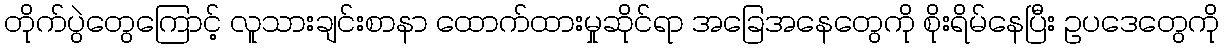
တိုက်ပွဲတွေကြောင့် လူသားချင်းစာနာ ထောက်ထားမှုဆိုင်ရာ အခြေအနေတွေကို စိုးရိမ်နေပြီး ဥပဒေတွေကို